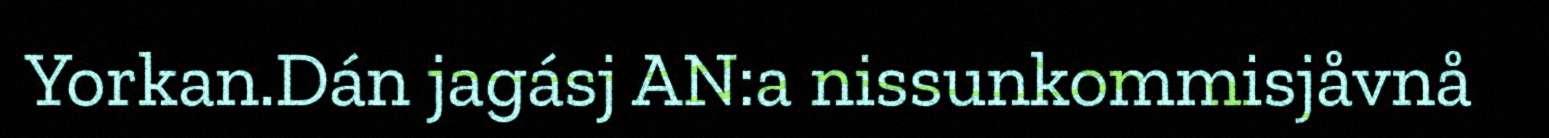
Yorkan.Dán jagásj AN:a nissunkommisjåvnå